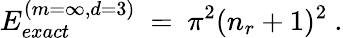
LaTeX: E_{exact}^{(m=\infty,d=3)}\ =\ \pi^{2}(n_{r}+1)^{2}\ .